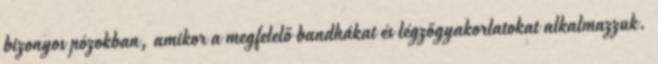
bizonyos pózokban, amikor a megfelelő bandhákat és légzőgyakorlatokat alkalmazzuk.